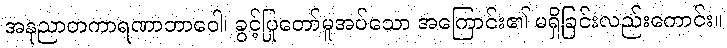
အနုညာတကာရဏာဘာဝေါ၊ ခွင့်ပြုတော်မူအပ်သော အကြောင်း၏ မရှိခြင်းလည်းကောင်း။